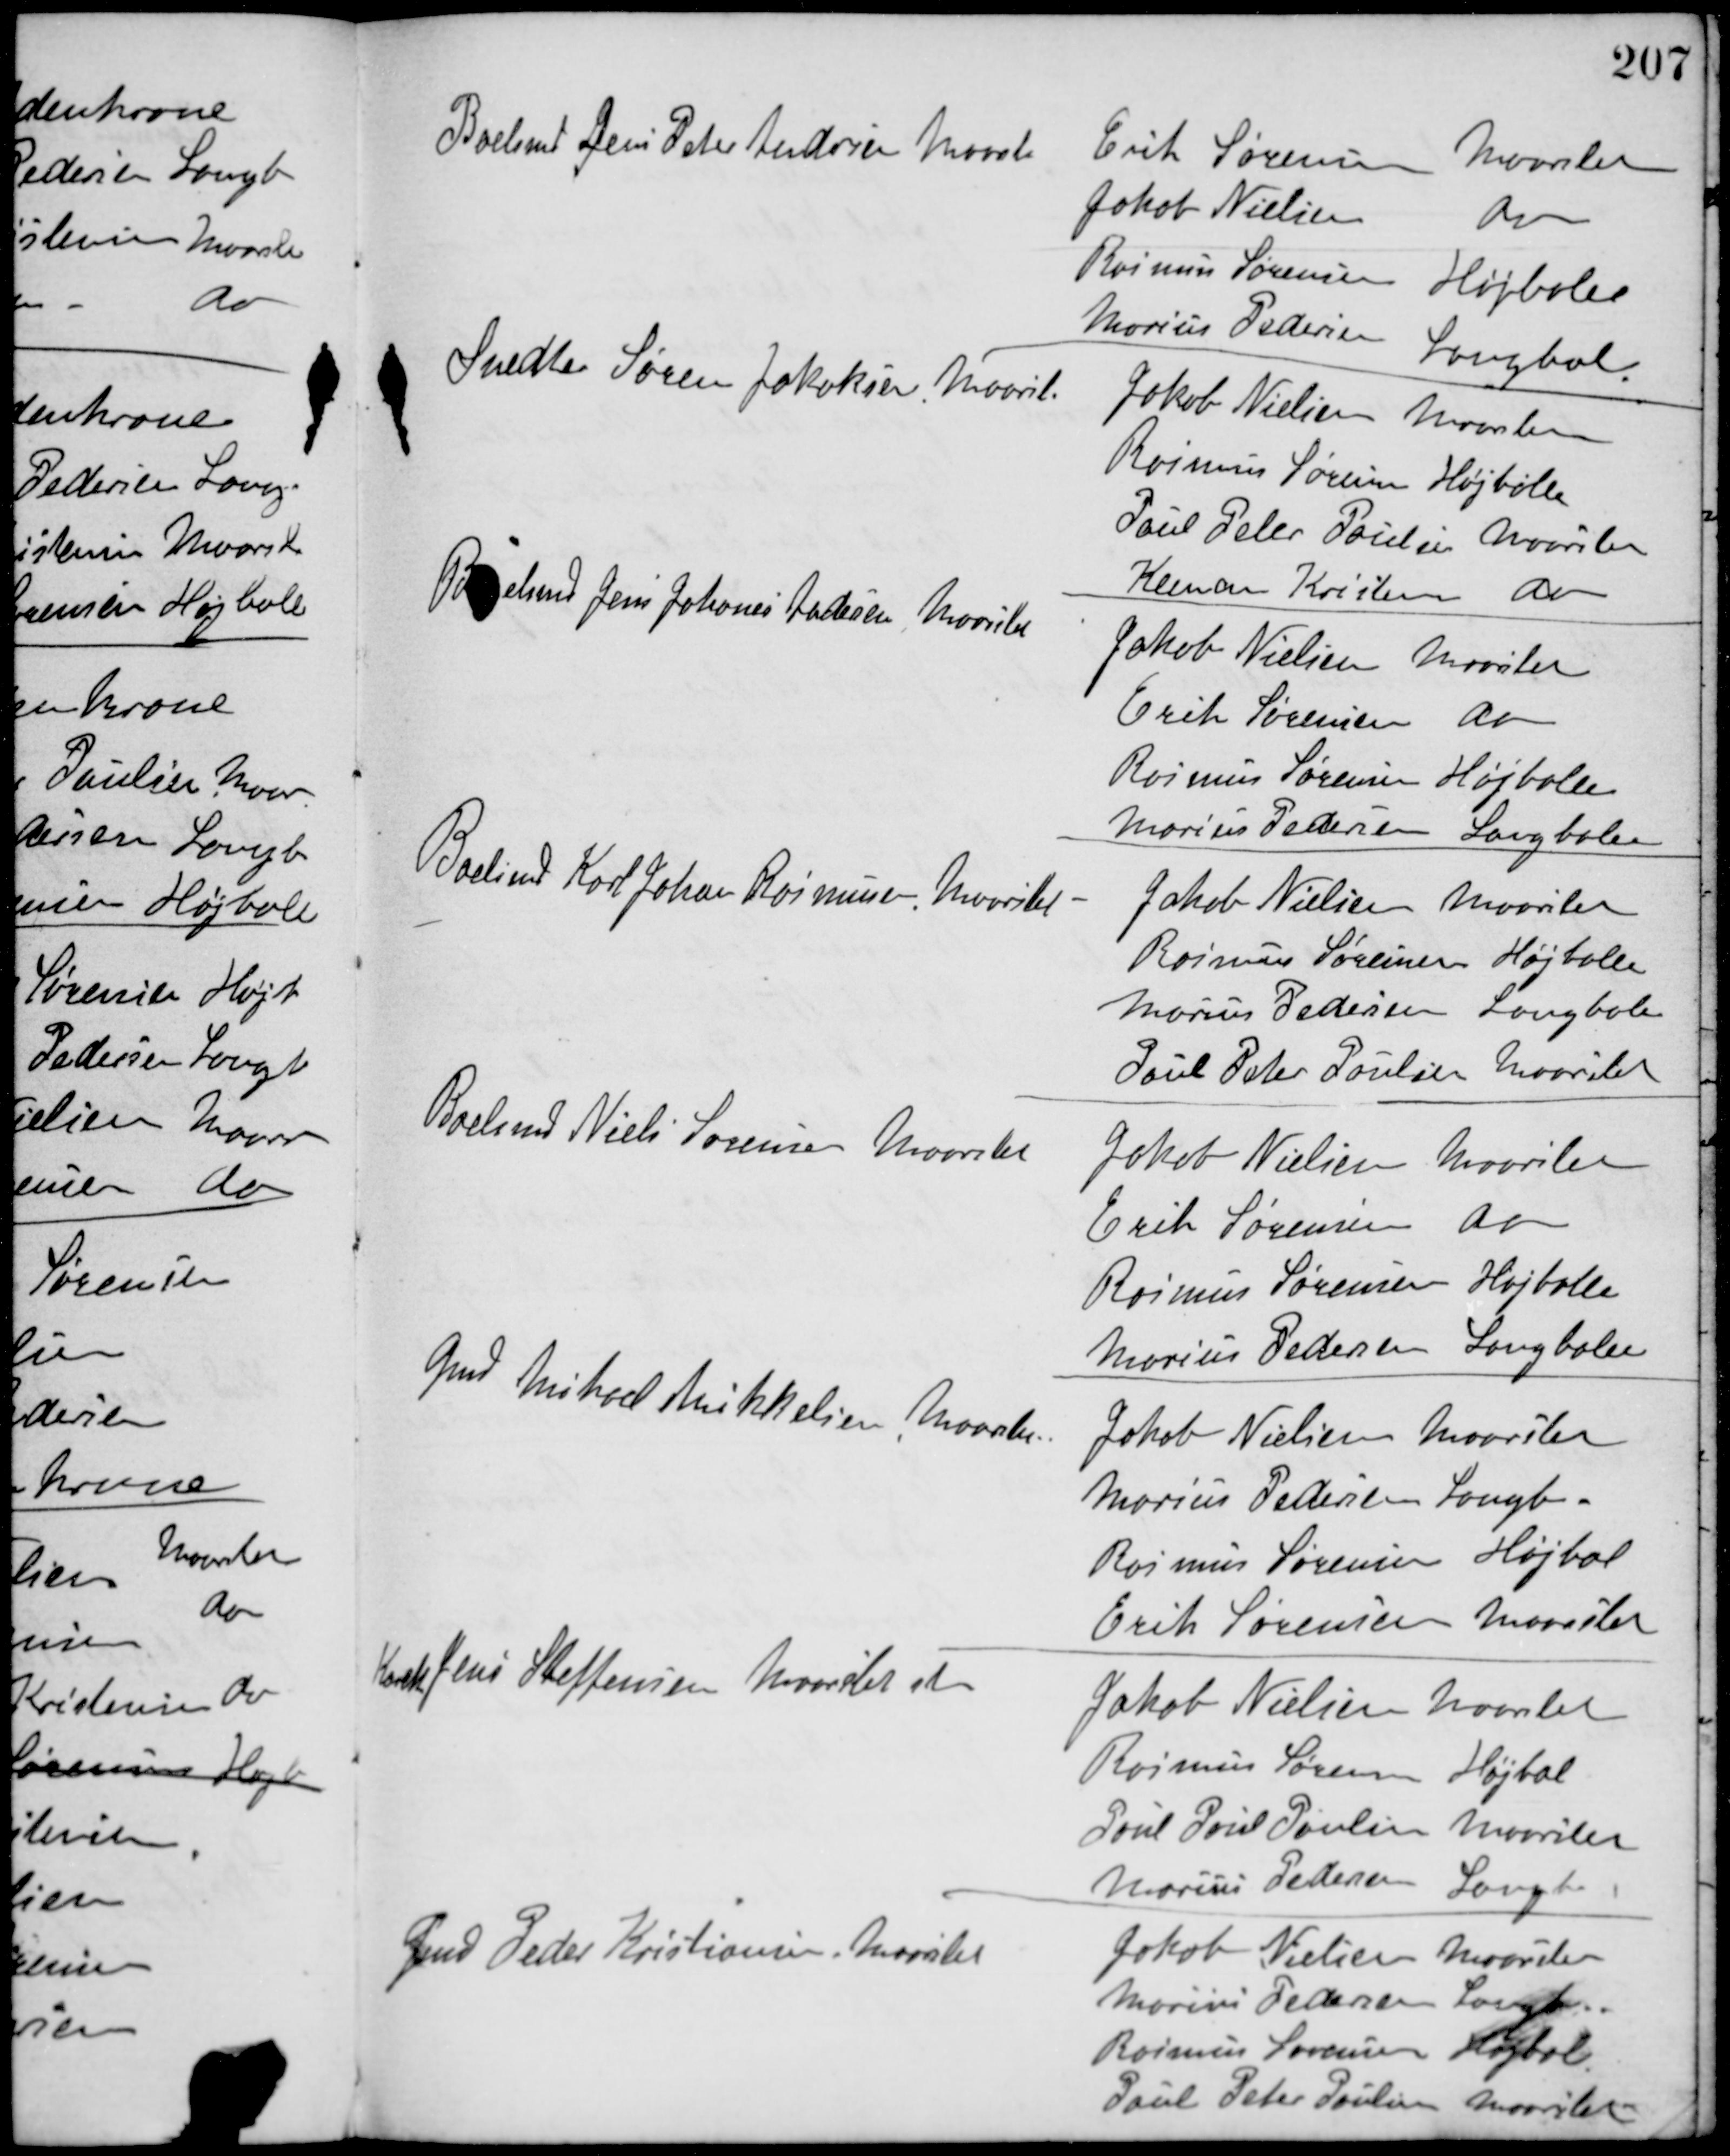
Transskription:
Boelsmd Jens Peter Andersen Maarsle
Erik Sørensen Maarslet
Jakob Nielsen do
Rasmus Sørensen Højballe
Marius Pedersen Langbal
Snedker Søren Jakobsen, Maarsl
Jakob Nielsen Maarslet
Rasmus Sørensen Højballe
Poul Peter Poulsen Maarslet
Klemen Kristensen do
Boelsmd Jens Johanes Pedersen Maarslet
Jakob Nielsen Maarslet
Erik Sørensen do
Rasmus Sørensen Højballe
Marius Pedersen Langballe
Boelsmd Karl Johan Rasmusen, Maarslet
Jakob Nielsen Maarslet
Rasmus Sørensen Højballe
Marius Pedersen Langbale
Poul Peter Poulsen Maarslet
Boelsmd Niels Sørensen Maarslet
Jakob Nielsen Maarslet
Erik Sørensen do
Rasmus Sørensen Højballe
Marius Pedersen Langballe
Gmd Mikael Mikkelsen, Maarslet
Jakob Nielsen Maarslet
Marius Pedersen Langb
Rasmus Sørensen Højbal
Erik Sørensen Maarslet
Karet Jens Steffensen Maarslet st
Jakob Nielsen Maarslet
Rasmus Sørensen Højbal
Poul Poul Poulsen Maarslet
Marius Pedersen Langb
Gmd Peder Kristiansen, Maarslet
Jakob Nielsen Maarslet
Marius Pedersen Langb
Rasmus Sørensen Højbal
Poul Peter Poulsen Maarslet